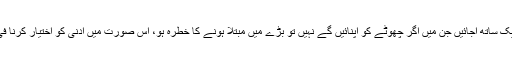
اسی طرح جب دو حرام ایک ساتھ آجائیں جن میں اگر چھوٹے کو اپنائیں گے نہیں تو بڑے میں مبتلا ہونے کا خطرہ ہو، اس صورت میں ادنیٰ کو اختیار کرنا فی الحقیقت حرام نہیں ہوگا۔